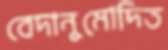
বেদানুমোদিত